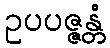
ဥပပဇ္ဇန္တံ